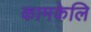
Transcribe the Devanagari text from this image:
कामकेलि